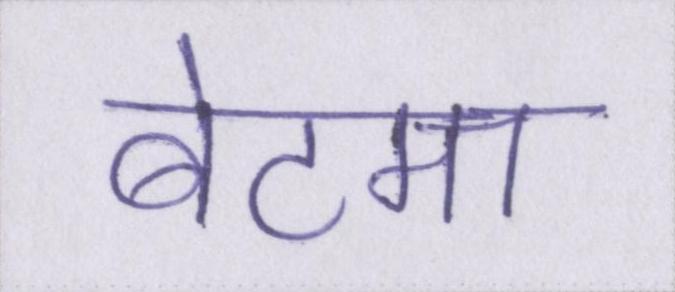
बेटमा